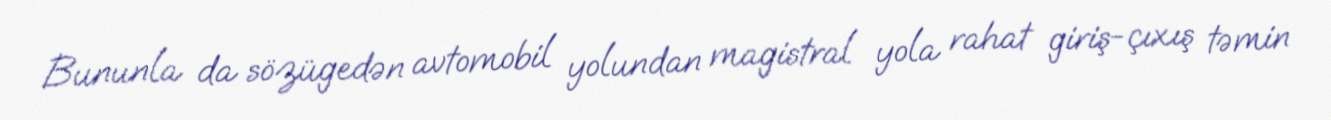
Bununla da sözügedən avtomobil yolundan magistral yola rahat giriş-çıxış təmin